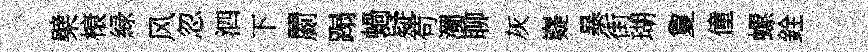
檗榱緑风忽泗下罽蹋蝸疑苟濁聊灰嶷暴街瑚夐僮螺銓